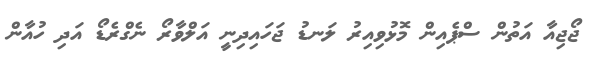
ޖޯޖިއާ އަތުން ސްޕެއިން މޮޅުވިއިރު ލަނޑު ޖަހައިދިނީ އަލްވާރޯ ނެގްރެޑޯ އަދި ހުއާން